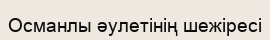
Османлы әулетінің шежіресі